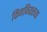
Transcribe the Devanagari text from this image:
किंगफिशरच्या